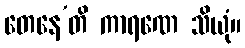
တေနေ’တိ ကာရဏေ သိယုံ။